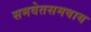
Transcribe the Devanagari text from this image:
समवेतसमवाय